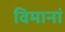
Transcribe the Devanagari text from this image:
विमानां